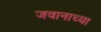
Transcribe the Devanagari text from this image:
जवानाच्या